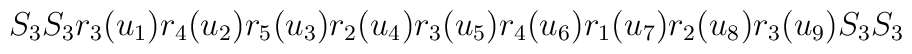
S_{3}S_{3}r_{3}(u_{1})r_{4}(u_{2})r_{5}(u_{3})r_{2}(u_{4})r_{3}(u_{5})r_{4}(u_{6})r_{1}(u_{7})r_{2}(u_{8})r_{3}(u_{9})S_{3}S_{3}